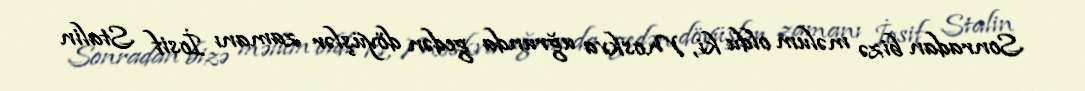
Sonradan bizə məlum oldu ki, Moskva uğrunda gedən döyüşlər zamanı İosif Stalin